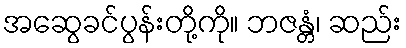
အဆွေခင်ပွန်းတို့ကို။ ဘဇန္တံ၊ ဆည်း